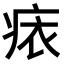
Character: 𧙜